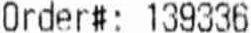
ORDER#: 139336